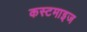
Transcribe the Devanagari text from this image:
कस्टमाइज